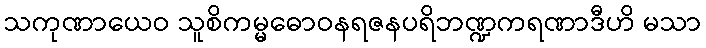
သကုဏာယေဝ သူစိကမ္မဓောဝနရဇနပရိဘဏ္ဍကရဏာဒီဟိ မသာ